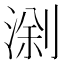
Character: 𱧗